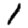
Digit: 1